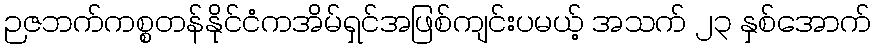
ဉဇဘက်ကစ္စတန်နိုင်ငံကအိမ်ရှင်အဖြစ်ကျင်းပမယ့် အသက် ၂၃ နှစ်အောက်